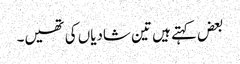
بعض کہتے ہیں تین شادیاں کی تھیں۔